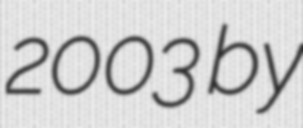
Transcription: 2003 by